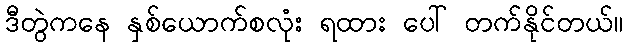
ဒီတွဲကနေ နှစ်ယောက်စလုံး ရထား ပေါ် တက်နိုင်တယ်။